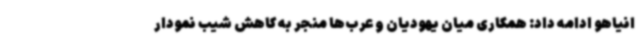
انیاهو ادامه داد: همکاری میان یهودیان و عرب‌ها منجر به کاهش شیب نمودار